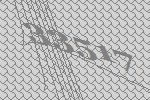
33517